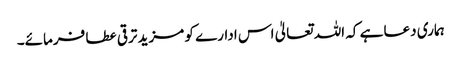
ہماری دعا ہے کہ اللہ تعالیٰ اس ادارے کو مزید ترقی عطا فرمائے۔